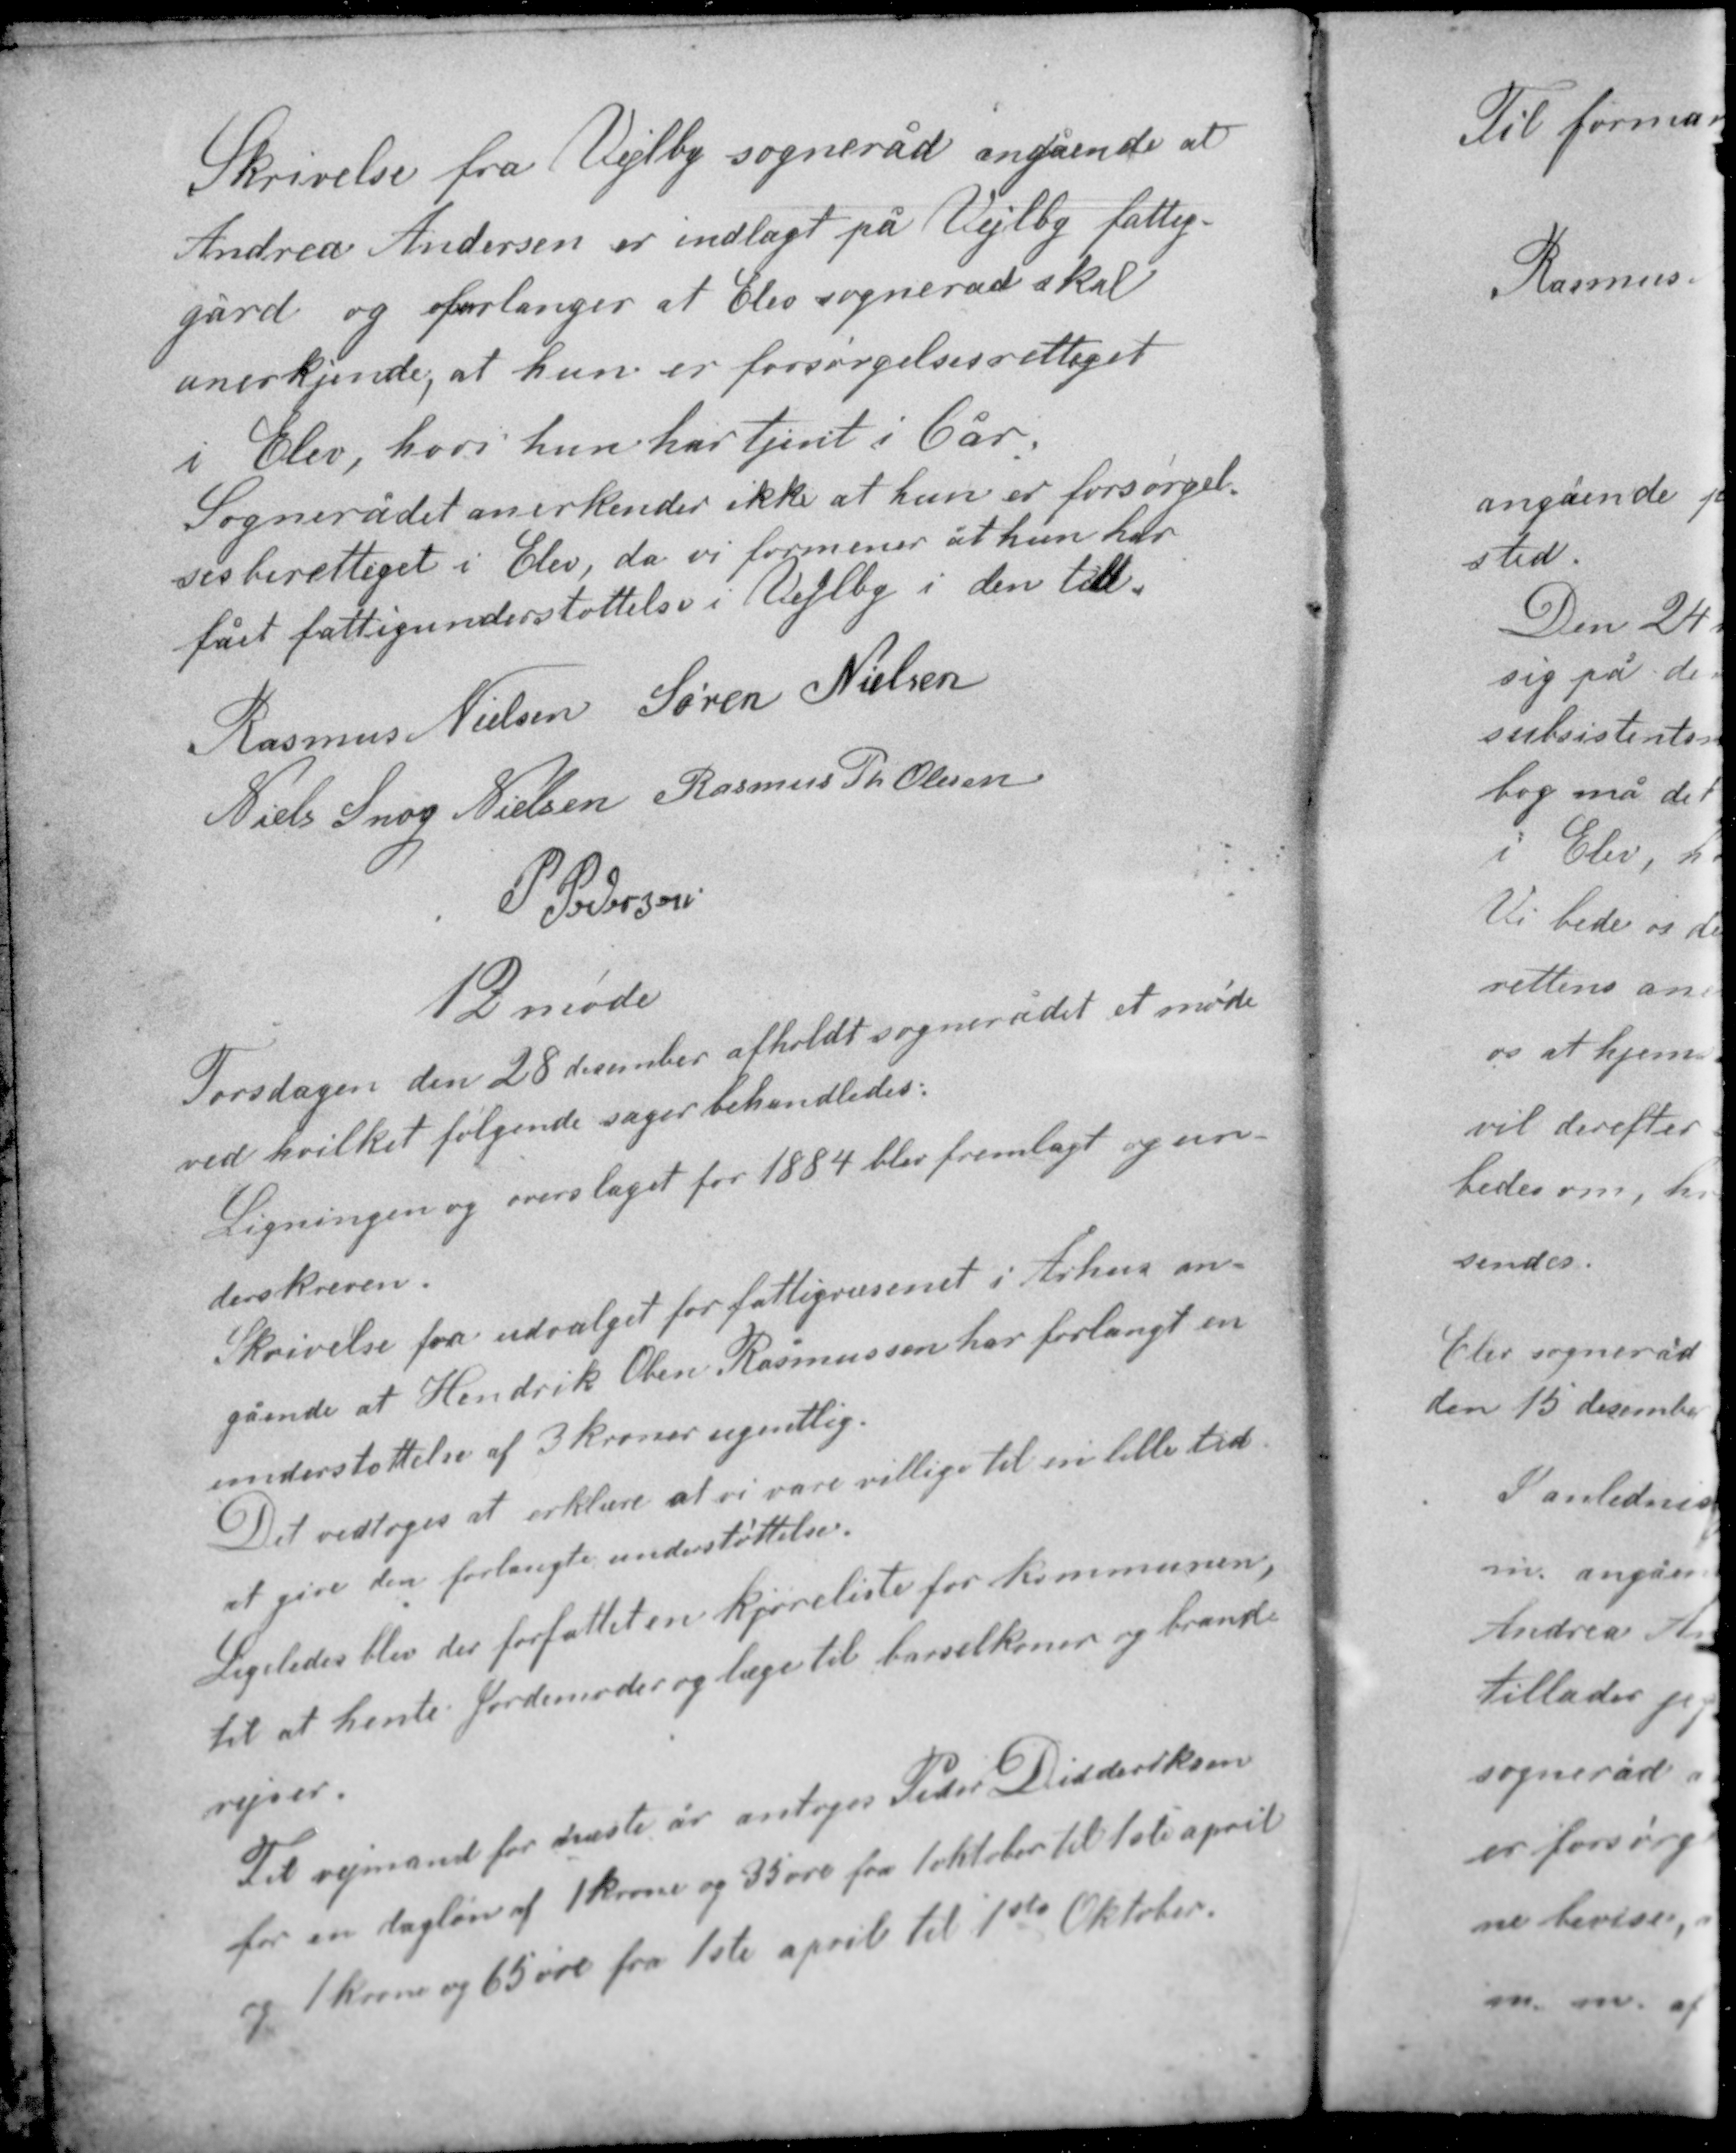
Transskription:
Skrivelse fra Vejlby sogneråd angående at
Andrea Andersen er indlagt på Vejlby fattig-
gård og forlanger at Elev sogneråd skal
anerkjende, at hun er forsørgelsesrettiget
i Elev, hvor hun har tjent i 6 år.
Sognerådet anerkender ikke at hun er forsørgel-
sesberettiget i Elev, da vi formener at hun har
fået fattigunderstøttelse i Vejlby i den tid.

Rasmus Nielsen Søren Nielsen
Niels Snog Nielsen Rasmus Th Olesen
P. Pedersen

12 møde

Torsdagen den 28 december afholdt sognerådet et møde
ved hvilket følgende sager behandledes.
Ligningen og overslaget for 1884 blev fremlagt og un-
derskreven.

Skrivele fra udvalget for fattigvæsenet i Århus an-
gående at Hendrik Oben Rasmussen har forlangt en
understøttelse af 3 kroner ugentlig.
Det vedtoges at erklære at vi vare villige til en lille tid
at give den forlangte understøttelse.
Ligeledes blev der forfattet en kjøreliste for kommunen,
til at hente Jordemoder og læge til barselkoner og brand-
rejser

Til vejmand for næste år antoges Peder Didderiksen
for en dagløn af 1 krone og 35 øre fra 1 oktober til 1ste april
og 1 krone og 65 øre fra 1ste april til 1ste Oktober